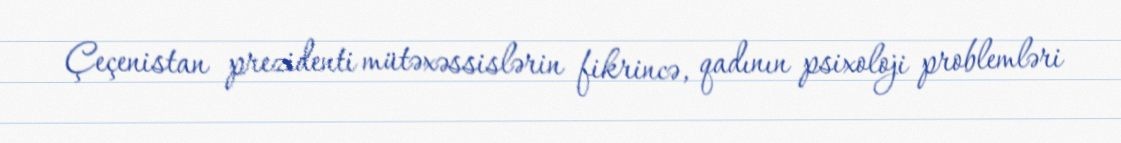
Çeçenistan prezidenti mütəxəssislərin fikrincə, qadının psixoloji problemləri